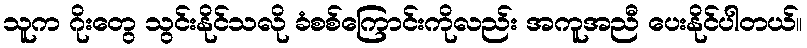
သူက ဂိုးတွေ သွင်းနိုင်သလို ခံစစ်ကြောင်းကိုလည်း အကူအညီ ပေးနိုင်ပါတယ်။